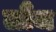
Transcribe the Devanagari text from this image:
लौंज